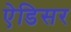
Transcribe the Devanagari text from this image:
ऐडिसर